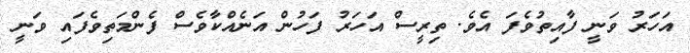
އަހަރު ވަނީ ފާއިތުވެފަ އެވެ. ތިރީސް އަހަރު ފަހުން އަނެއްކާވެސް ފެންމަތިވެފައި ވަނީ